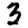
Digit: 3